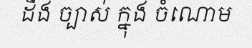
ដឹង ច្បាស់ ក្នុង ចំណោម